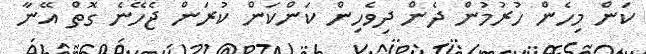
ކަން މިހެން ހުރުމުން ދެން ދިވެހިން ކަންކަން ކުރަން ޖެހޭނެ ގޮތް އޭނާ